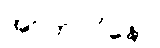
အာတာပိနော